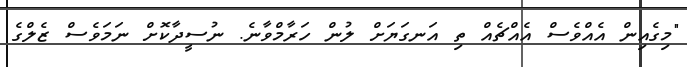
"މިގެއިން އެއްވެސް އެއްޗެއް ތި އަނގަޔަށް ލުން ހަރާމްވާނެ. ނުސީދާކޮށް ނަމަވެސް ޒެލްގެ